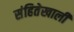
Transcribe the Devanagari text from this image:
संहितेखाली